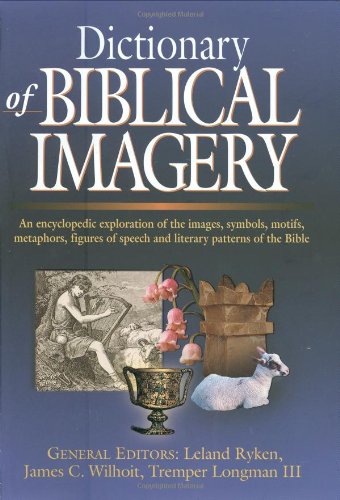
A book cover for Dictionary of Biblical Imagery; Reference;